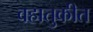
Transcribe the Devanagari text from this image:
वहातुकीत